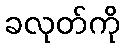
ခလုတ်ကို